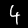
Label: 4